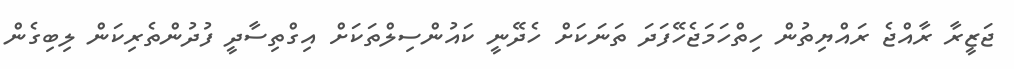
ޖަޒީރާ ރާއްޖެ ރައްޔިތުން ހިތްހަމަޖެހޭފަދަ ތަނަކަށް ހެދޭނީ ކައުންސިލްތަކަށް އިގްތިސާދީ ފުދުންތެރިކަން ލިބިގެން